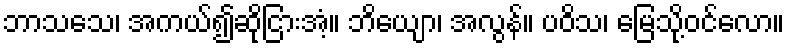
ဘာသသေ၊ အကယ်၍ဆိုငြားအံ့။ ဘိယျော၊ အလွန်။ ပဝိသ၊ မြေသို့ဝင်လော။